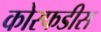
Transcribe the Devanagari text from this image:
कोरफडीस